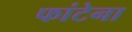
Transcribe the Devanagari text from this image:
फांटेना